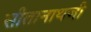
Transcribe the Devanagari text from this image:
सीतानाथजी